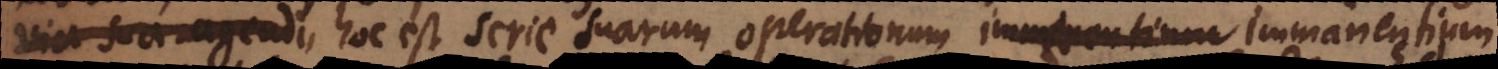
aut patiendi, hoc est serie suarum operationum immanentium